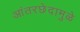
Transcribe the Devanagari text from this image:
आंतरछेदामुळे